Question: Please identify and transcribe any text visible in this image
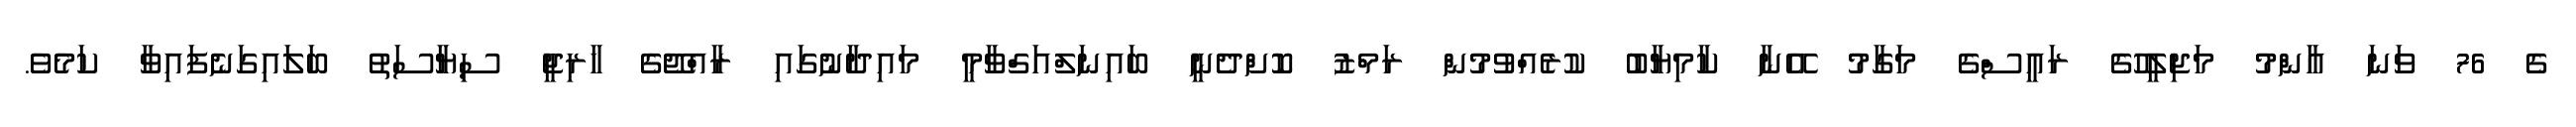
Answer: ގެ 76 ވަނަ އާންމު މަޖިލީހުގެ ރައީސްގެ މަގާމު އޭނާ ކާމިޔާބު ކުރެއްވުމުން ރަމްޒު ކޮށްދެނީ ބައިނަލްއަގްވާމީ މައިދާނުގައި ރާއްޖޭގެ ހާރިޖީ ސިޔާސަތު ބަލައިގަނެފައިވާ ކަމެވެ.